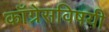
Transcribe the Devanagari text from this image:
काँग्रेसविषयी